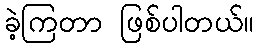
ခဲ့ကြတာ ဖြစ်ပါတယ်။